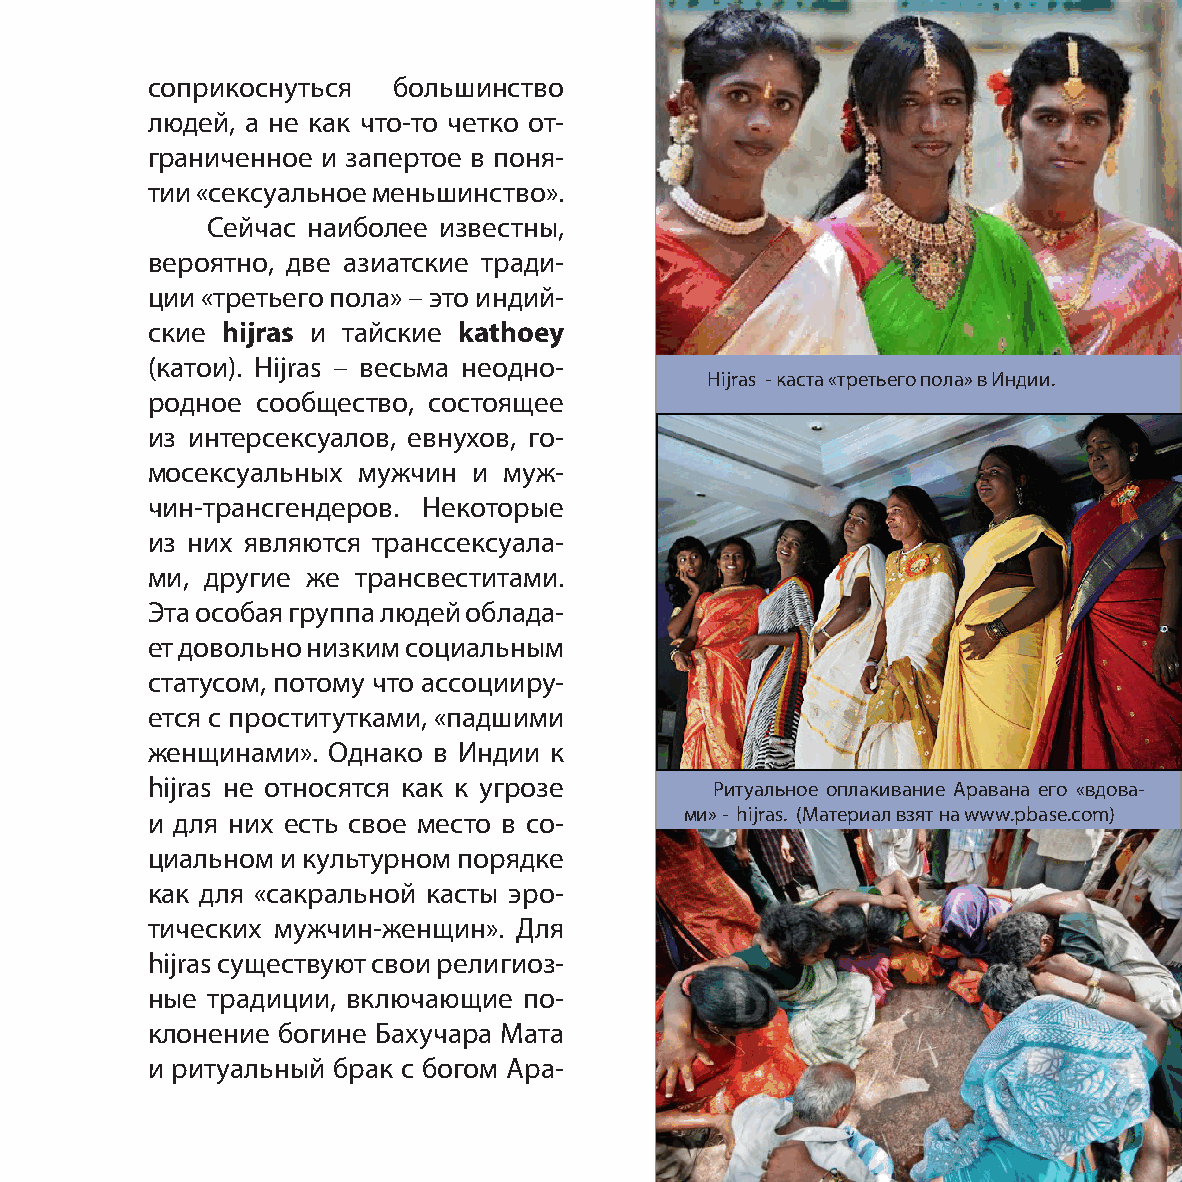
соприкоснуться  большинство
 людей, а не как что-то четко от-
 граниченное и запертое в поня-
 тии «сексуальное меньшинство».
 Сейчас наиболее известны,
 вероятно, две азиатские тради-
 ции «третьего пола» – это индий-
 ские hijras и тайские kathoey
 (катои). Hijras – весьма неодно-
 Hijras - каста «третьего пола» в Индии.
 родное сообщество, состоящее
 из интерсексуалов, евнухов, го-
 мосексуальных мужчин и муж-
 чин-трансгендеров. Некоторые
 из них являются транссексуала-
 ми, другие же трансвеститами.
 Эта особая группа людей облада-
 ет довольно низким социальным
 статусом, потому что ассоцииру-
 ется с проститутками, «падшими
 женщинами». Однако в Индии к
 hijras не относятся как к угрозе     Ритуальное оплакивание Аравана его «вдова-
 и для них есть свое место в со-    ми» - hijras. (Материал взят на www.pbase.com)
 циальном и культурном порядке
 как для «сакральной касты эро-
 тических мужчин-женщин». Для
 hijras существуют свои религиоз-
 ные традиции, включающие по-
 клонение богине Бахучара Мата
 и ритуальный брак с богом Ара-